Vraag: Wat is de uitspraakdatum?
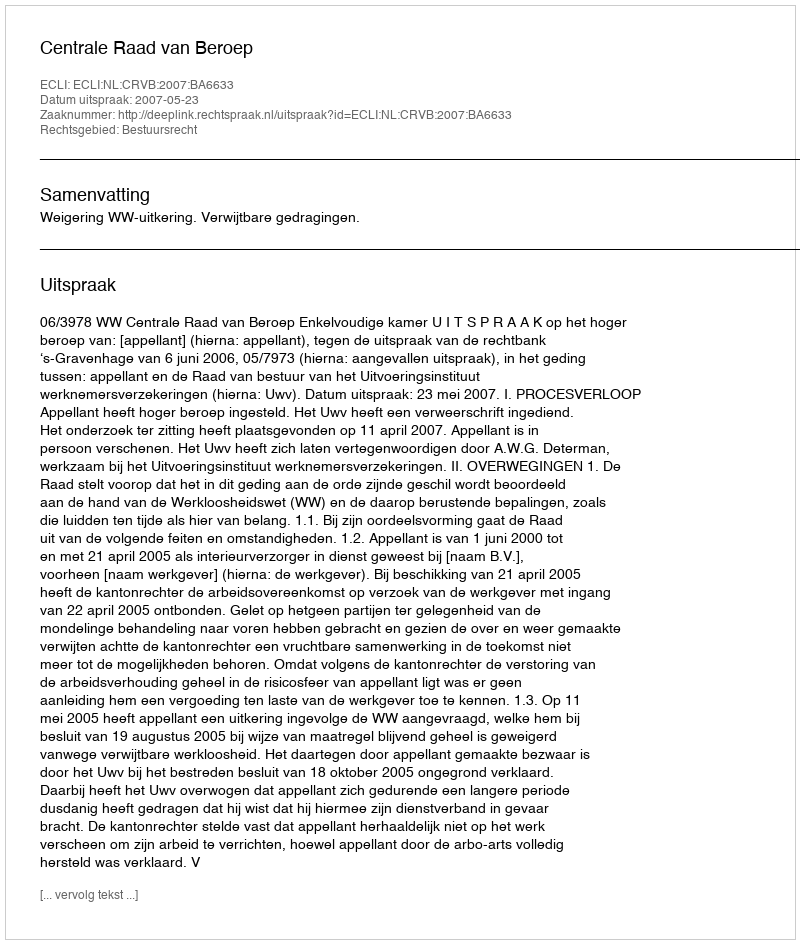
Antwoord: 2007-05-23